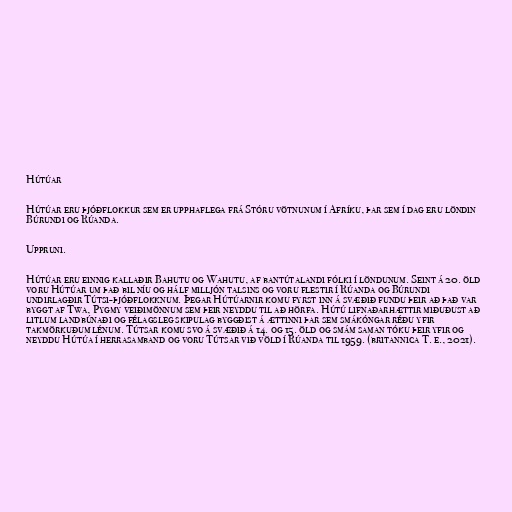
Hútúar

Hútúar eru þjóðflokkur sem er upphaflega frá Stóru vötnunum í Afríku, þar sem í dag eru löndin
Búrundi og Rúanda.

Uppruni.

Hútúar eru einnig kallaðir Bahutu og Wahutu, af bantútalandi fólki í löndunum. Seint á 20. öld
voru Hútúar um það bil níu og hálf milljón talsins og voru flestir í Rúanda og Búrundi
undirlagðir Tútsi-þjóðflokknum. Þegar Hútúarnir komu fyrst inn á svæðið fundu þeir að það var
byggt af Twa, Pygmy veiðimönnum sem þeir neyddu til að hörfa. Hútú lifnaðarhættir miðuðust að
litlum landbúnaði og félagsleg skipulag byggðist á ættinni þar sem smákóngar réðu yfir
takmörkuðum lénum. Tútsar komu svo á svæðið á 14. og 15. öld og smám saman tóku þeir yfir og
neyddu Hútúa í herrasamband og voru Tútsar við völd í Rúanda til 1959. (britannica T. e., 2021).